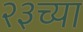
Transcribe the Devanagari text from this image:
२३च्या